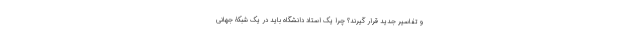
و تفاسیر جدید قرار گیرند؟ چرا یک استاد دانشگاه باید در یک شبکۀ جهانی